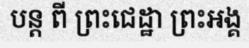
បន្ត ពី ព្រះជេដ្ឋា ព្រះអង្គ